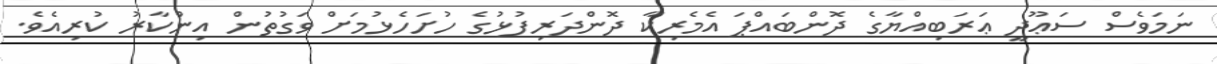
ނަމަވެސް ސަޢޫދީ ޢަރަބިއްޔާގެ ދޮންބައްޕަ އެމެރިކާ ދޮންދަރިފުޅުގެ ހުށަހެޅުމަށް ވަގުތުން އިންކާރު ކުރިއެވެ.